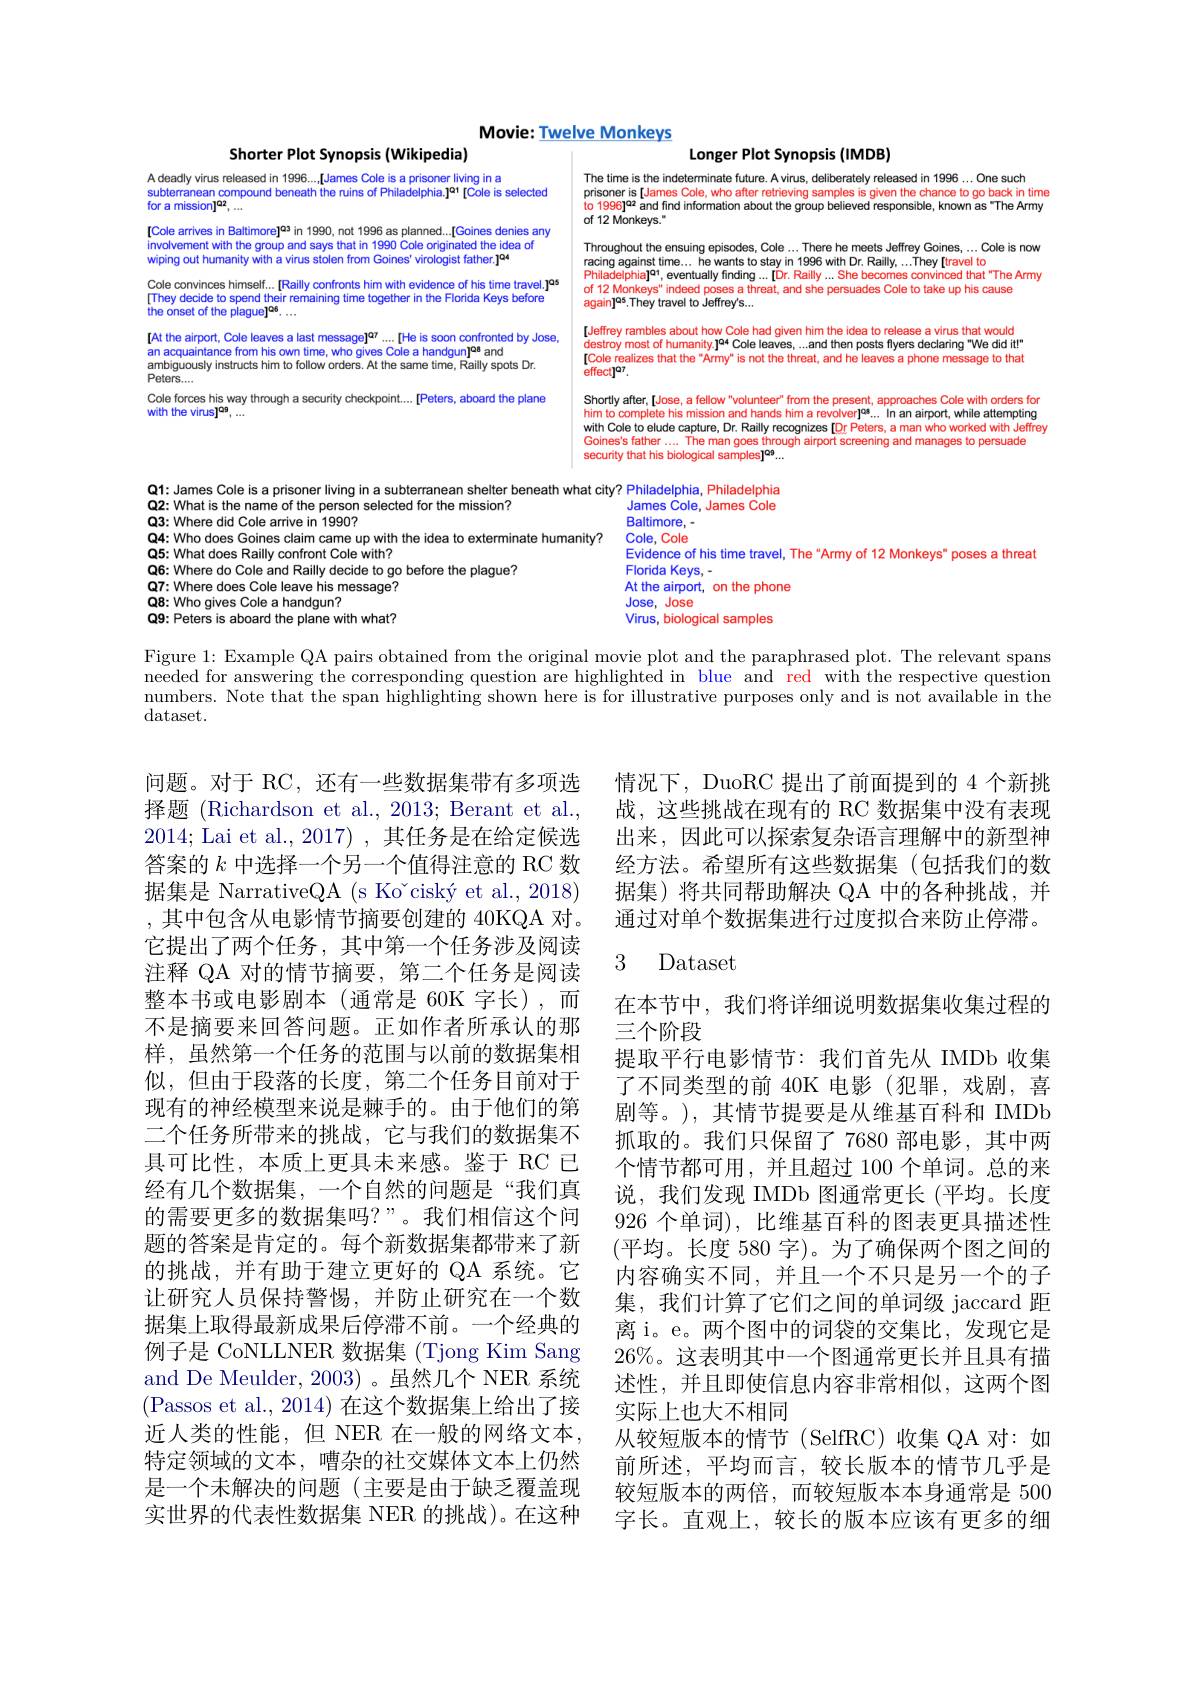
Movie: Twelve Monkeys
<FigureHere>

Figure 1: Example QA pairs obtained from the original movie plot and the paraphrased plot. The relevant spans

needed for answering the corresponding question are highlighted in blue and red with the respective question numbers. Note that the span highlighting shown here is for illustrative purposes only and is not available in the dataset.

2014; Lai et al., 2017) , 其任务是在给定候选答案的$k$中选择一个另一个值得注意的 RC 数据集是 NarrativeQA (s Ko~ciský et al., 2018) ,其中包含从电影情节摘要创建的 40KQA 对。它提出了两个任务，其中第一个任务涉及阅读注释 QA 对的情节摘要，第二个任务是阅读整本书或电影剧本(通常是 60K 字长),而不是摘要来回答问题。正如作者所承认的那样，虽然第一个任务的范围与以前的数据集相似，但由于段落的长度，第二个任务目前对于现有的神经模型来说是棘手的。由于他们的第二个任务所带来的挑战，它与我们的数据集不具可比性，本质上更具未来感。鉴于 RC 已经有几个数据集，一个自然的问题是“我们真的需要更多的数据集吗？”。我们相信这个问题的答案是肯定的。每个新数据集都带来了新的挑战，并有助于建立更好的 QA 系统。它让研究人员保持警惕，并防止研究在一个数据集上取得最新成果后停滞不前。一个经典的例子是 CoNLLNER 数据集 (Tjong Kim Sang and De Meulder, 2003)。虽然几个 NER 系统(Passos et al., 2014) 在这个数据集上给出了接近人类的性能，但 NER 在一般的网络文本， 特定领域的文本，嘈杂的社交媒体文本上仍然是一个未解决的问题 (主要是由于缺乏覆盖现 较短版本的两倍，而较短版本本身通常是 500实世界的代表性数据集 NER 的挑战)。在这种 字长。直观上，较长的版本应该有更多的细

问题。对于 RC, 还有一些数据集带有多项选 情况下，DuoRC 提出了前面提到的 4 个新挑择题 (Richardson et al., 2013; Berant et al., 战，这些挑战在现有的 RC 数据集中没有表现
出来，因此可以探索复杂语言理解中的新型神经方法。希望所有这些数据集(包括我们的数据集)将共同帮助解决 QA 中的各种挑战，并通过对单个数据集进行过度拟合来防止停滞。

## 3 Dataset

在本节中，我们将详细说明数据集收集过程的
三个阶段
提取平行电影情节：我们首先从 IMDb 收集了不同类型的前 40K 电影 (犯罪，戏剧，喜剧等。),其情节提要是从维基百科和 IMDb 抓取的。我们只保留了 7680 部电影，其中两个情节都可用，并且超过 100 个单词。总的来说，我们发现 IMDb 图通常更长 (平均。长度926 个单词), 比维基百科的图表更具描述性(平均。长度 580 字)。为了确保两个图之间的内容确实不同，并且一个不只是另一个的子集，我们计算了它们之间的单词级 jaccard 距离 i。e。两个图中的词袋的交集比，发现它是$26\%$。这表明其中一个图通常更长并且具有描述性，并且即使信息内容非常相似，这两个图实际上也大不相同
从较短版本的情节(SelfRC)收集 QA 对：如前所述，平均而言，较长版本的情节几乎是